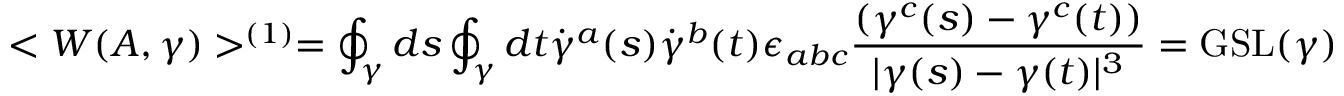
< W ( A , \gamma ) > ^ { ( 1 ) } = \oint _ { \gamma } d s \oint _ { \gamma } d t \dot { \gamma } ^ { a } ( s ) \dot { \gamma } ^ { b } ( t ) \epsilon _ { a b c } { \frac { ( \gamma ^ { c } ( s ) - \gamma ^ { c } ( t ) ) } { | \gamma ( s ) - \gamma ( t ) | ^ { 3 } } } = \mathrm { G S L } ( \gamma )